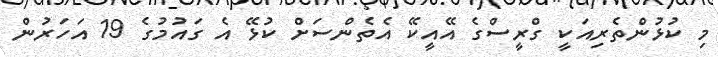
މި ކުޅުންތެރިއަކީ ގްރީސްގެ އޭއީކޭ އެތެންސަށް ކުޅޭ އެ ގައުމުގެ 19 އަހަރުން